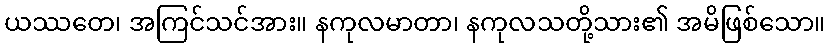
ယဿတေ၊ အကြင်သင်အား။ နကုလမာတာ၊ နကုလသတို့သား၏ အမိဖြစ်သော။